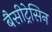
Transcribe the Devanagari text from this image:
बैसीट्रेसिन